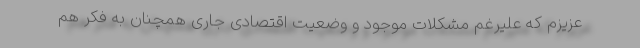
عزیزم که علیرغم مشکلات موجود و وضعیت اقتصادی جاری همچنان به فکر هم